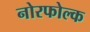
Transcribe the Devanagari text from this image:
नोरफोल्क